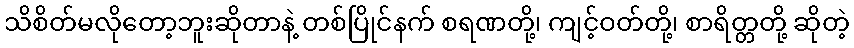
သိစိတ်မလိုတော့ဘူးဆိုတာနဲ့ တစ်ပြိုင်နက် စရဏတို့၊ ကျင့်ဝတ်တို့၊ စာရိတ္တတို့ ဆိုတဲ့